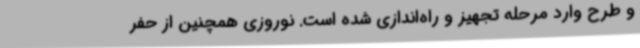
و طرح وارد مرحله تجهیز و راه‌اندازی شده است. نوروزی همچنین از حفر